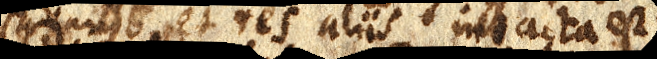
quando et res aliis intacta est